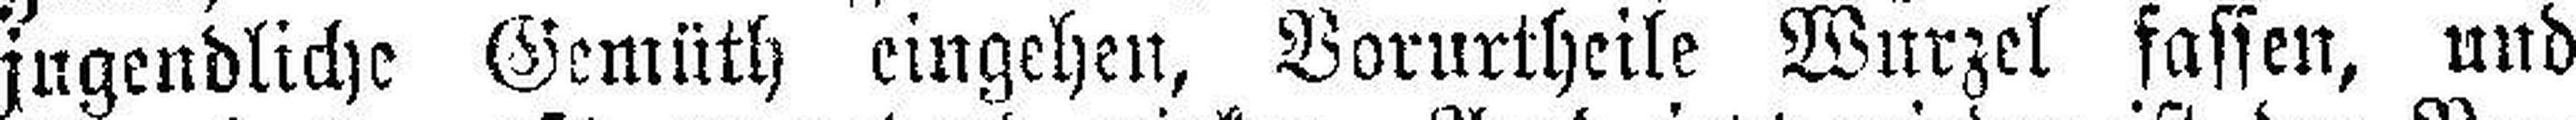
jugendliche Gemüth eingehen, Vorurtheile Wurzel fassen, und